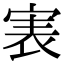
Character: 𡨲